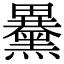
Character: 𪒕